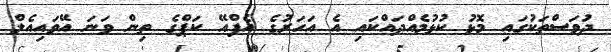
ދުވަސްތަކުގައި މޮޅު ކުޅުމެއްދައްކައި އެ އަހަރުގެ އެފްއޭ ކަޕްގެ ތިން ވަނަ އޭވައިއެލް